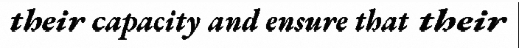
their capacity and ensure that their